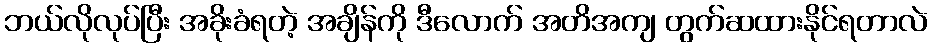
ဘယ်လိုလုပ်ပြီး အခိုးခံရတဲ့ အချိန်ကို ဒီလောက် အတိအကျ တွက်ဆထားနိုင်ရတာလဲ